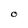
Character: O